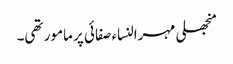
منجھلی مہرالنساء صفائی پر مامور تھی۔